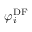
\varphi _ { i } ^ { \mathrm { D F } }